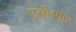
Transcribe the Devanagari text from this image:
एलीस्पॉट